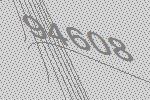
94608